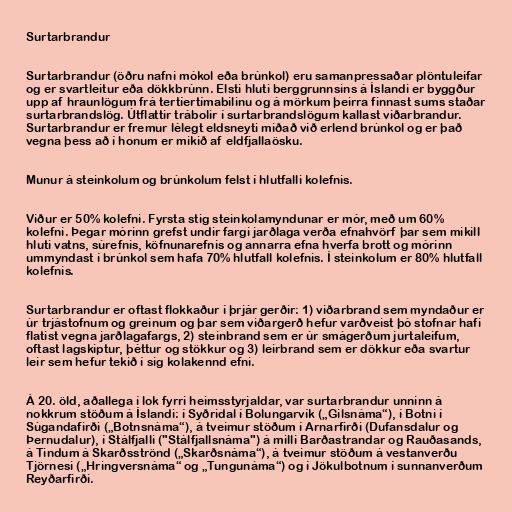
Surtarbrandur

Surtarbrandur (öðru nafni mókol eða brúnkol) eru samanpressaðar plöntuleifar
og er svartleitur eða dökkbrúnn. Elsti hluti berggrunnsins á Íslandi er byggður
upp af hraunlögum frá tertíertímabilinu og á mörkum þeirra finnast sums staðar
surtarbrandslög. Útflattir trábolir í surtarbrandslögum kallast viðarbrandur.
Surtarbrandur er fremur lélegt eldsneyti miðað við erlend brúnkol og er það
vegna þess að í honum er mikið af eldfjallaösku.

Munur á steinkolum og brúnkolum felst í hlutfalli kolefnis.

Viður er 50% kolefni. Fyrsta stig steinkolamyndunar er mór, með um 60%
kolefni. Þegar mórinn grefst undir fargi jarðlaga verða efnahvörf þar sem mikill
hluti vatns, súrefnis, köfnunarefnis og annarra efna hverfa brott og mórinn
ummyndast í brúnkol sem hafa 70% hlutfall kolefnis. Í steinkolum er 80% hlutfall
kolefnis.

Surtarbrandur er oftast flokkaður í þrjár gerðir: 1) viðarbrand sem myndaður er
úr trjástofnum og greinum og þar sem viðargerð hefur varðveist þó stofnar hafi
flatist vegna jarðlagafargs, 2) steinbrand sem er úr smágerðum jurtaleifum,
oftast lagskiptur, þéttur og stökkur og 3) leirbrand sem er dökkur eða svartur
leir sem hefur tekið í sig kolakennd efni.

Á 20. öld, aðallega í lok fyrri heimsstyrjaldar, var surtarbrandur unninn á
nokkrum stöðum á Íslandi: í Syðridal í Bolungarvík („Gilsnáma“), í Botni í
Súgandafirði („Botnsnáma“), á tveimur stöðum í Arnarfirði (Dufansdalur og
Þernudalur), í Stálfjalli ("Stálfjallsnáma") á milli Barðastrandar og Rauðasands,
á Tindum á Skarðsströnd („Skarðsnáma“), á tveimur stöðum á vestanverðu
Tjörnesi („Hringversnáma“ og „Tungunáma“) og í Jökulbotnum í sunnanverðum
Reyðarfirði.